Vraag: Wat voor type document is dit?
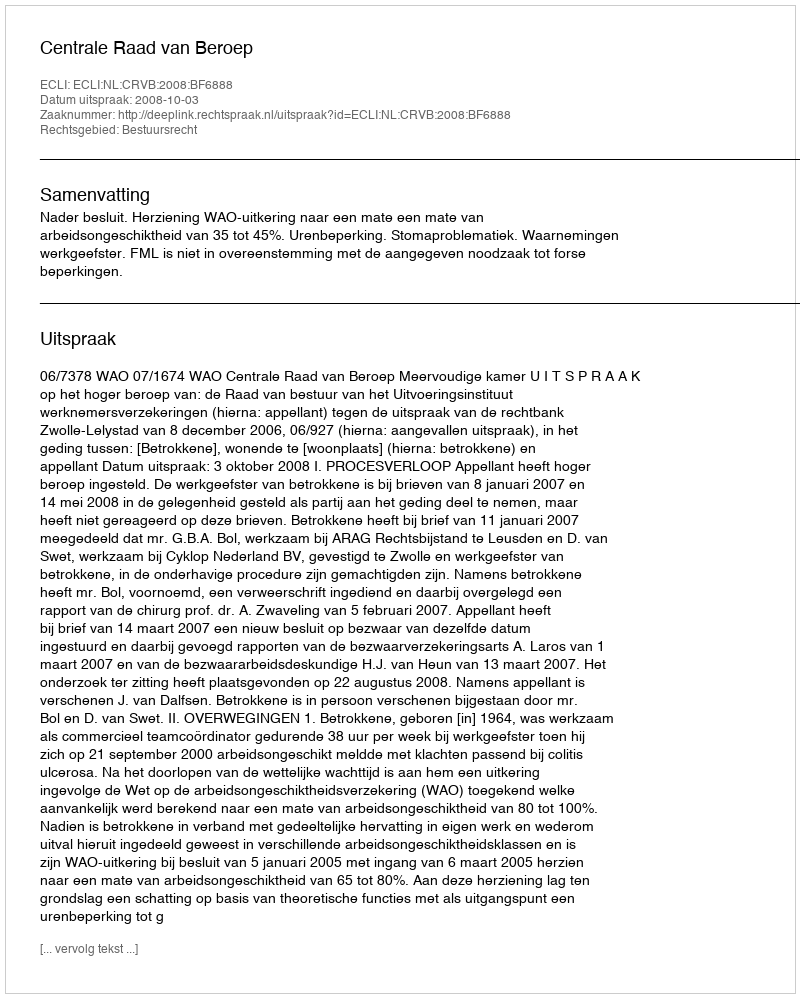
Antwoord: Uitspraak